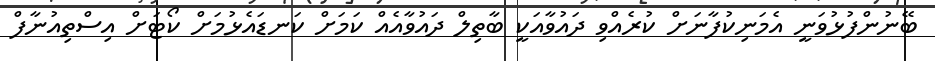
ބޭނުންފުޅުވަނީ އެމަނިކުފާނަށް ކުރެއްވި ދައުވާއަކީ ބާތިލް ދައުވާއެއް ކަމަށް ކަނޑައެޅުމަށް ކޯޓަށް އިސްތިއުނާފް